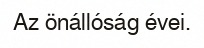
Az önállóság évei.